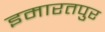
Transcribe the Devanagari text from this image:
इमारतपुर